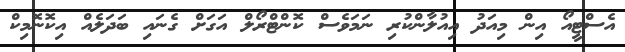
އެސްޓީއޯ އިން މިއަދު އިއުލާންކުރި ނަމަވެސް ކޮންޓްރޯލް އަގަށް ގެނައި ބަދަލެއް އިކޮނޮމިކް